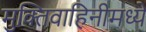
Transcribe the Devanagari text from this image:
मुक्तिवाहिनीमध्ये